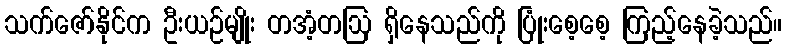
သက်ဇော်နိုင်က ဦးယဉ်မျိုး တအံ့တဩ ရှိနေသည်ကို ပြုံးစေ့စေ့ ကြည့်နေခဲ့သည်။